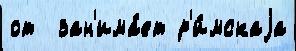
от  зан'има́ет р'и́мскаjа